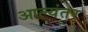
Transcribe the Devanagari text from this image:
आल्यंतर